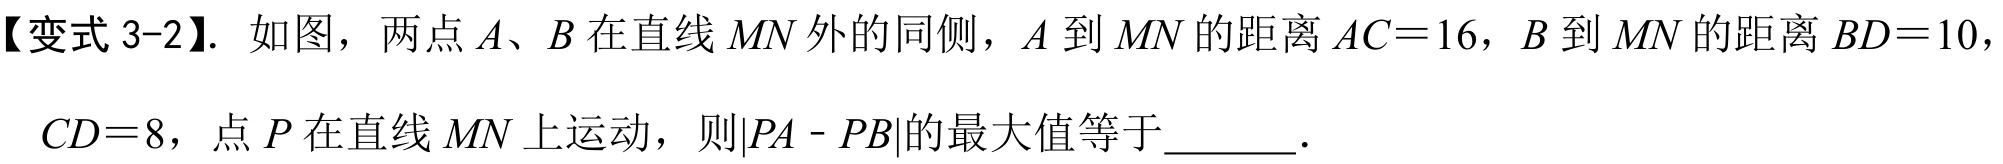
【变式 3-2】. 如图，两点 \(A、B\) 在直线 \(MN\) 外的同侧，\(A\) 到 \(MN\) 的距离 \(AC = 16\)，\(B\) 到 \(MN\) 的距离 \(BD = 10\)，\(CD = 8\)，点 \(P\) 在直线 \(MN\) 上运动，则\(\vert PA - PB\vert\)的最大值等于  ．